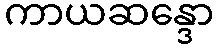
ကာယဆန္ဒော